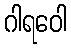
ဂါရဝေါ